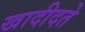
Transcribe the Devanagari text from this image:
खादीदते